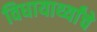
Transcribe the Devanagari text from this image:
विधायार्थ्यांचे